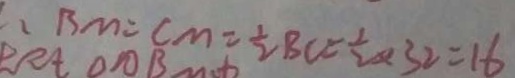
. B M = C M = \frac { 1 } { 2 } B C = \frac { 1 } { 2 } \times 3 2 = 1 6